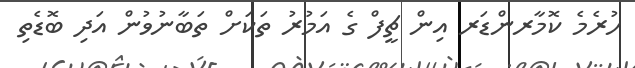
ހުރެމެ ކޮމާރންޑަރ އިން ޗީފް ގެ އަމުރު ތަކަށް ތަބާނުވުން އަދި ބޮޑެތި